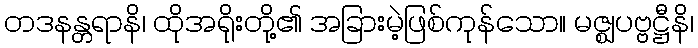
တဒနန္တရာနိ၊ ထိုအရိုးတို့၏ အခြားမဲ့ဖြစ်ကုန်သော။ မဇ္ဈပဗ္ဗဋ္ဌီနိ၊